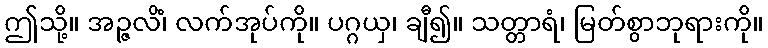
ဤသို့။ အဉ္ဇလိံ၊ လက်အုပ်ကို။ ပဂ္ဂယှ၊ ချီ၍။ သတ္တာရံ၊ မြတ်စွာဘုရားကို။